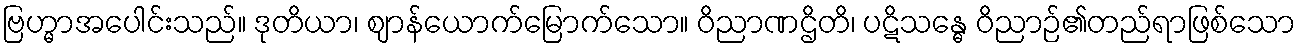
ဗြဟ္မာအပေါင်းသည်။ ဒုတိယာ၊ ဈာန်ယောက်မြောက်သော။ ဝိညာဏဌိတိ၊ ပဋိသန္ဓေ ဝိညာဉ်၏တည်ရာဖြစ်သော